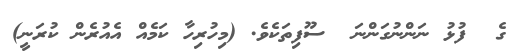
ގެ  ފުޅު ނަންނުގަންނަ  ސޫފިިތަކެވެ. (މިހުރިހާ ކަމެއް އެއުރެން ކުރަނީ)